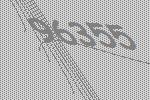
96355